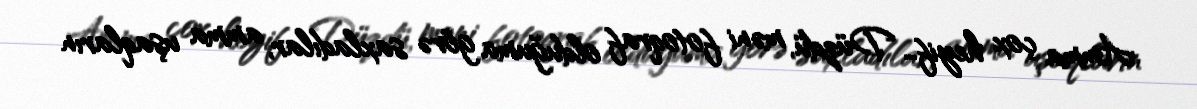
Amma çox heyif… Düzdü, məni fotoqraf olduğuma görə saxladılar, amma uşaqların